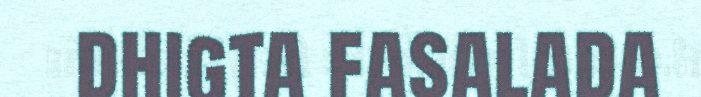
dhigta fasalada